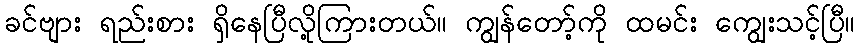
ခင်ဗျား ရည်းစား ရှိနေပြီလို့ကြားတယ်။ ကျွန်တော့်ကို ထမင်း ကျွေးသင့်ပြီ။